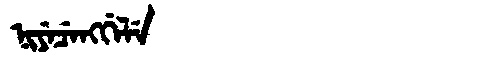
Manchu: ᠨᡳᠶᡝᠴᡝᠩᡤᡝᠯᡝ
Romanization: NIYECENGGELE